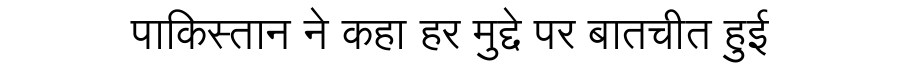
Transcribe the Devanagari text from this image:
पाकिस्तान ने कहा हर मुद्दे पर बातचीत हुई